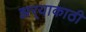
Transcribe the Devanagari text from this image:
झर्‍याकाठी